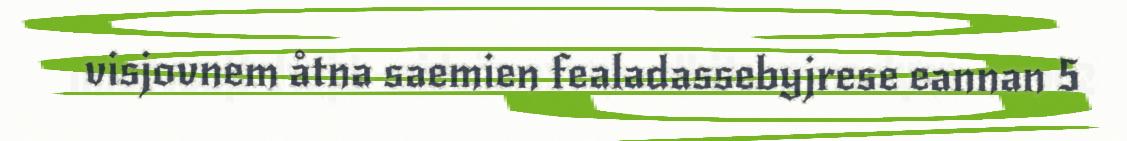
visjovnem åtna saemien fealadassebyjrese eannan 5